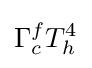
\Gamma _{c}^{f}T_{h}^{4}